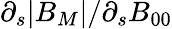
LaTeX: \partial_{s}|B_{M}|/\partial_{s}B_{00}